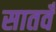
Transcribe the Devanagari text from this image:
सातवँ